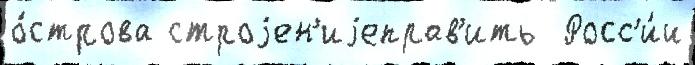
о́строва строjен'иjеправ'ить  Росс'и́и